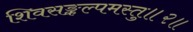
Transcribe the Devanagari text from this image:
शिवसङ्कल्पमस्तु॥२॥